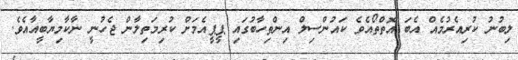
ލިބުނު ކުރިއެރުމެއް އެބަ އޮތްތޯއެވެ ކައުންސިލް އިންތިހާބުގައި ޕީޕީއެމަށް ކުރިމަތިލާން ޖެހުނީ ނާކާމިޔާބީއާއެވެ.